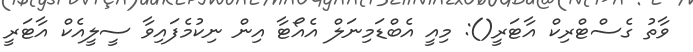
ވާތު ގެސްޓްރިކް އާޓަރީ(): މިއީ އެބްޑަމިނަލް އެއޯޓާ އިން ނިކުމެފައިވާ ސީލީއެކް އާޓަރީ